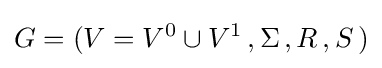
G=(V=V^{0}\cup V^{1}\,,\Sigma \,,R\,,S\,)